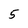
Character: 5